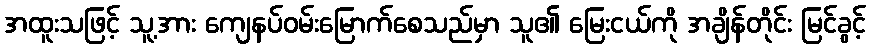
အထူးသဖြင့် သူ့အား ကျေနပ်ဝမ်းမြောက်စေသည်မှာ သူ၏ မြေးငယ်ကို အချိန်တိုင်း မြင်ခွင့်